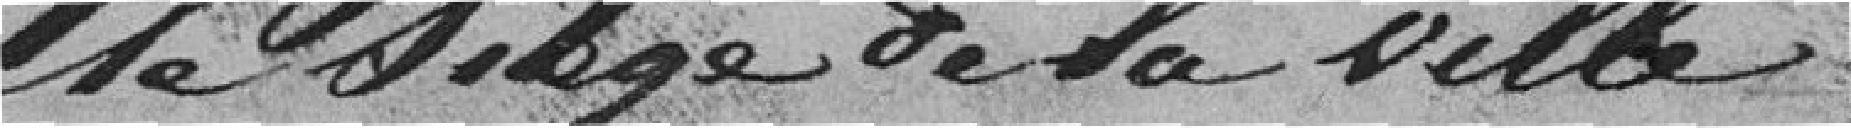
le siège de la Ville.